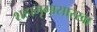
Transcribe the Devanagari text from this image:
शहामृगासारखा